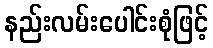
နည်းလမ်းပေါင်းစုံဖြင့်